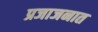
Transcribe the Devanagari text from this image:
प्रजाजनात